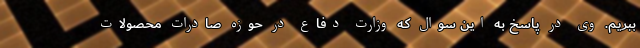
ببریم. وی در پاسخ به این سوال که وزارت دفاع در حوزه صادرات محصولات